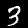
Label: 3